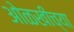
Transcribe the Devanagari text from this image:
ओळखींच्या